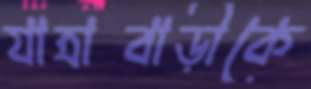
যাত্রাবাড়ীকে